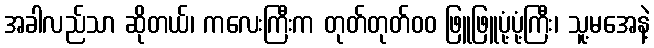
အခါလည်သာ ဆိုတယ်၊ ကလေးကြီးက တုတ်တုတ်၀၀ ဖြူဖြူပုံ့ပုံ့ကြီး၊ သူ့မအေနဲ့